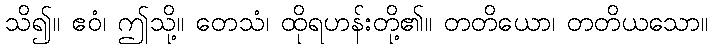
သိ၍။ ဧဝံ၊ ဤသို့။ တေသံ၊ ထိုရဟန်းတို့၏။ တတိယော၊ တတိယသော။